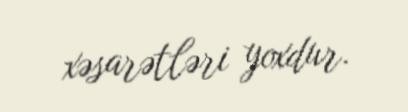
xəsarətləri yoxdur.